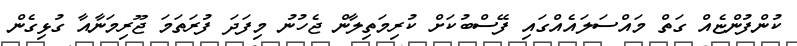
ކުންފުންޏެއް ގަތް މައްސަލައެއްގައި ފޭސްބުކަށް ކުރިމަތިލާން ޖެހުނު މިފަދަ ފުރަތަމަ ޖޫރިމަނާއާ ގުޅިގެން